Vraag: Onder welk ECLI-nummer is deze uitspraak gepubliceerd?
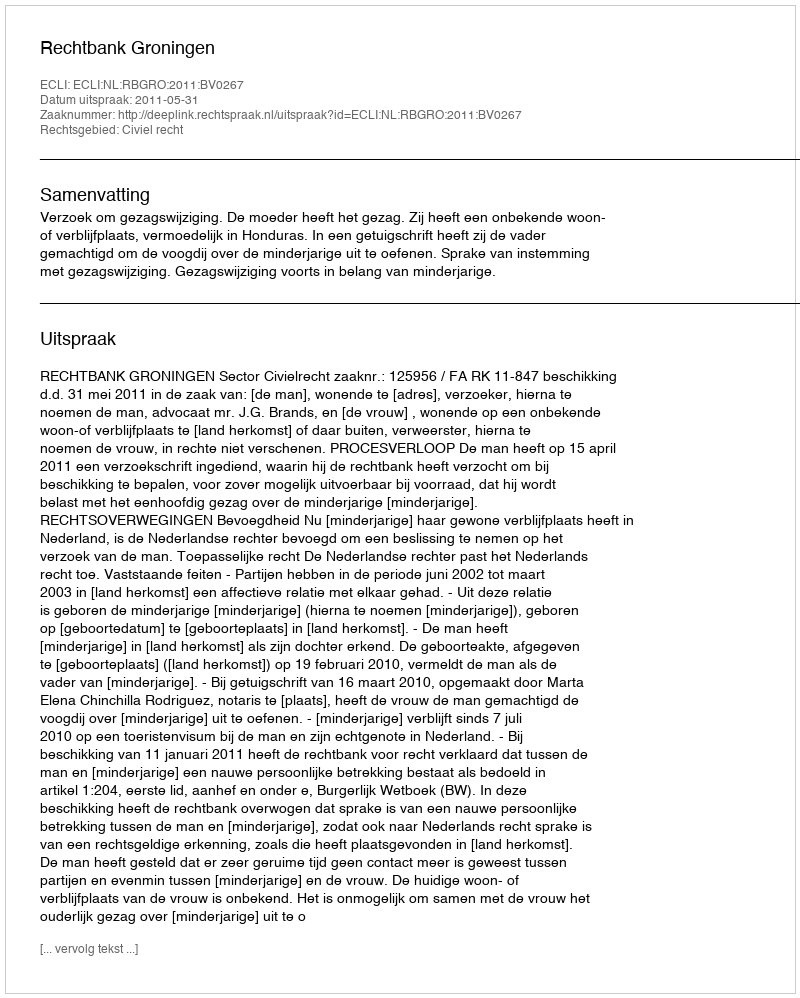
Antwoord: ECLI:NL:RBGRO:2011:BV0267